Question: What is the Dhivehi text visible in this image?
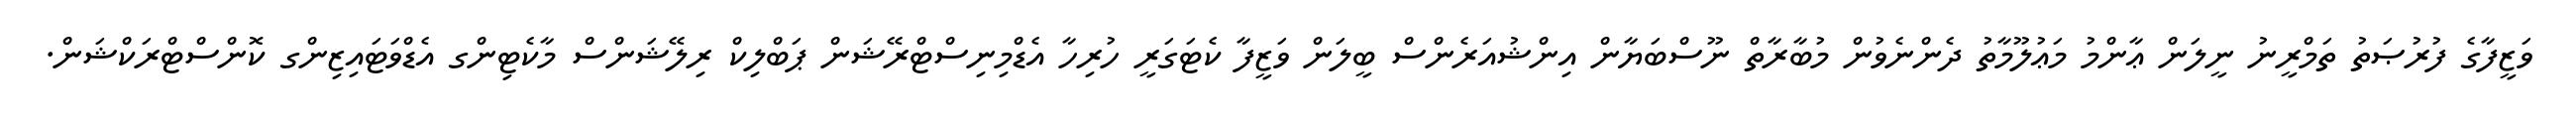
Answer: ވަޒީފާގެ ފުރުޞަތު ތަމްރީނު ނީލަން ޢާންމު މަޢުލޫމާތު ދެންނެވުން މުބާރާތް ނޫސްބަޔާން އިންޝުއަރެންސް ބީލަން ވަޒީފާ ކެޓަގަރީ ހުރިހާ އެޑްމިނިސްޓްރޭޝަން ޕަބްލިކް ރިލޭޝަންސް މާކެޓިންގ އެޑްވަޓައިޒިންގ ކޮންސްޓްރަކްޝަން.